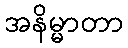
အနိမ္မာတာ